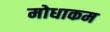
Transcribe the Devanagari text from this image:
मोधाकम